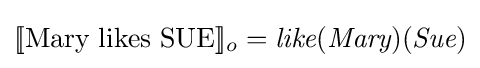
[\![{\text{Mary likes SUE}}]\!]_{o}={\textit {like}}({\textit {Mary}})({\textit {Sue}})